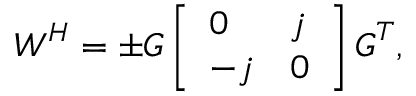
\boldsymbol { W } ^ { H } = \pm \boldsymbol { G } \left[ \begin{array} { l l } { 0 } & { j } \\ { - j } & { 0 } \end{array} \right] \boldsymbol { G } ^ { T } ,